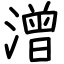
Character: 潧